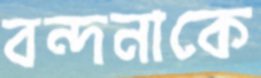
বন্দনাকে